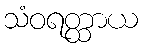
သံဝရတ္ထာယ